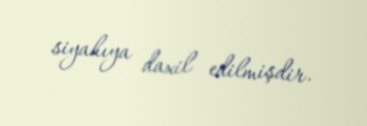
siyahıya daxil edilmişdir.